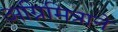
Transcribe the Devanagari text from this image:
अग्निमित्राने